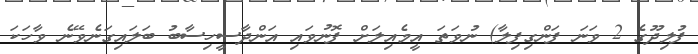
ފުލިދޫގެ 2 ވަނަ ފަންގިފިލާ) ނުވަތަ އީމެއިލަށް ފޮނުވައި އަންދާސީހިސާބު ބަލައިގަނެވޭނެ ވާހަކަ